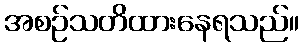
အစဉ်သတိထားနေရသည်။